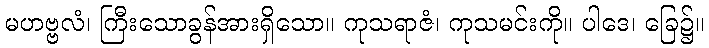
မဟဗ္ဗလံ၊ ကြီးသောခွန်အားရှိသော။ ကုသရာဇံ၊ ကုသမင်းကို။ ပါဒေ၊ ခြေ၌။